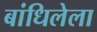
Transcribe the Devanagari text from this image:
बांधिलेला